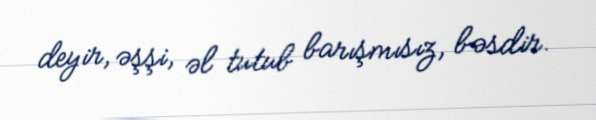
deyir, əşşi, əl tutub barışmısız, bəsdir.